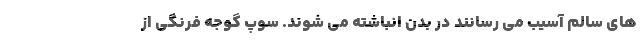
های سالم آسیب می رسانند در بدن انباشته می شوند. سوپ گوجه فرنگی از